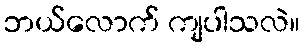
ဘယ်လောက် ကျပါသလဲ။